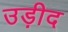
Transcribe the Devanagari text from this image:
उड़ीद